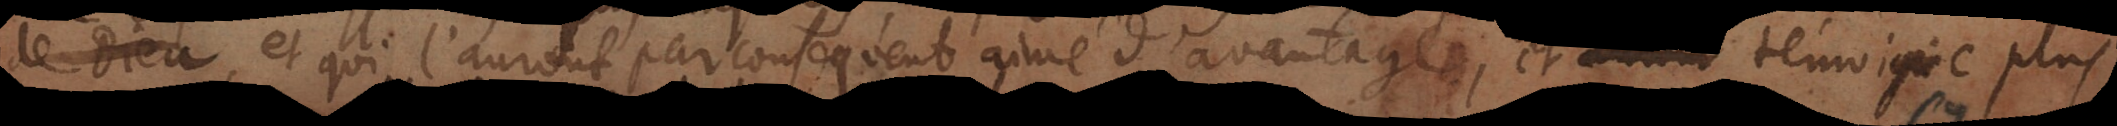
eu, et qui l’auront par consequent aimé d’avantage, et [auront] témoigne plus